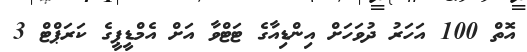
އޮތް 100 އަހަރު ދުވަހަށް އިންޑިއާގެ ޓަޓްވާ އަށް އެމްޑީޕީގެ ކަރަޕްޓް 3